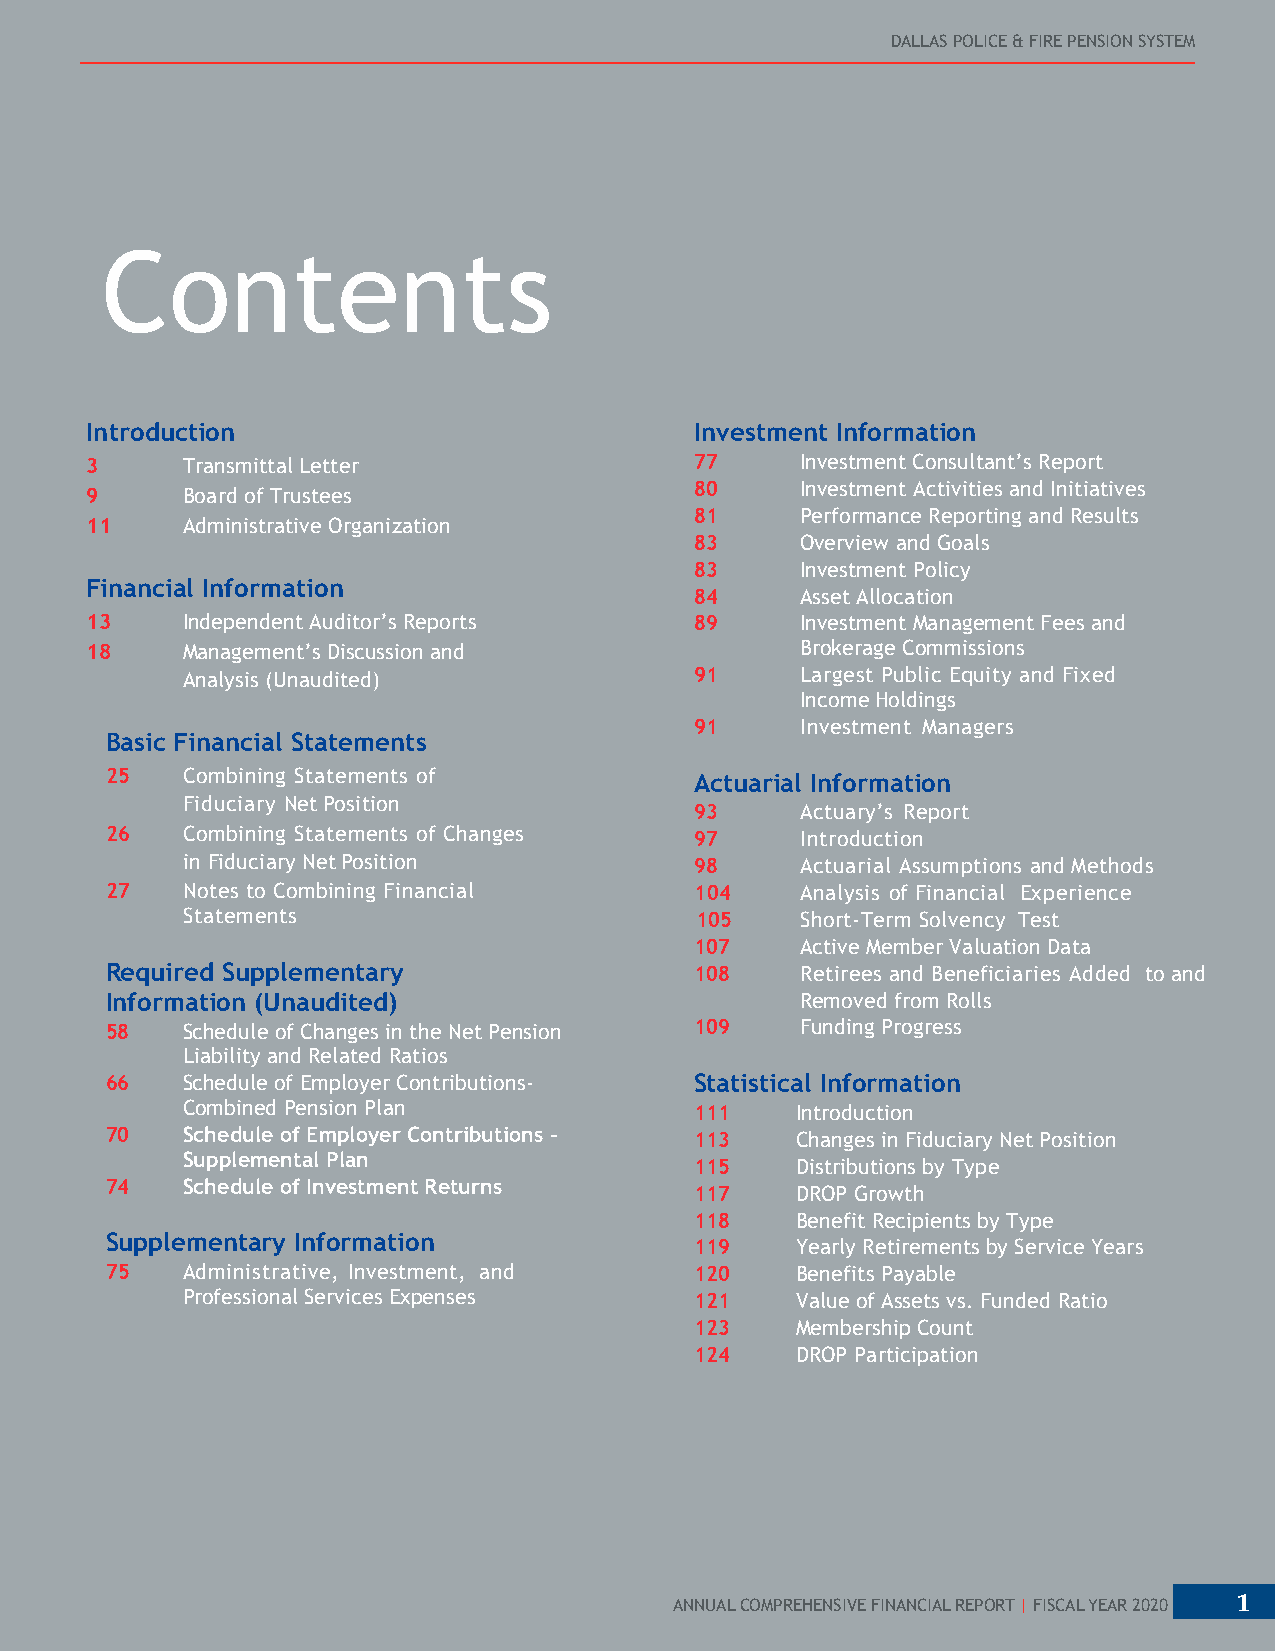
DALLAS POLICE & FIRE PENSION SYSTEM
 Contents
 Introduction                            Investment Information
 3     Transmittal Letter                77     Investment Consultant’s Report
 80     Investment Activities and Initiatives
 9     Board of Trustees
 81     Performance Reporting and Results
 11    Administrative Organization
 83     Overview and Goals
 83     Investment Policy
 Financial Information
 84     Asset Allocation
 13    Independent Auditor’s Reports     89     Investment Management Fees and
 18    Management’s Discussion and              Brokerage Commissions
 Analysis (Unaudited)              91     Largest Public Equity and Fixed
 Income Holdings
 91     Investment Managers
 Basic Financial Statements
 25   Combining Statements of           Actuarial Information
 Fiduciary Net Position
 93     Actuary’s Report
 26   Combining Statements of Changes   97     Introduction
 in Fiduciary Net Position         98     Actuarial Assumptions and Methods
 27   Notes to Combining Financial      104    Analysis of Financial Experience
 Statements                        105    Short-Term Solvency Test
 107    Active Member Valuation Data
 Required Supplementary                 108    Retirees and Beneficiaries Added to and
 Information (Unaudited)                       Removed from Rolls
 58   Schedule of Changes in the Net Pension 109 Funding Progress
 Liability and Related Ratios
 66   Schedule of Employer Contributions- Statistical Information
 Combined Pension Plan             111    Introduction
 70   Schedule of Employer Contributions – 113 Changes in Fiduciary Net Position
 Supplemental Plan
 115    Distributions by Type
 74   Schedule of Investment Returns
 117    DROP Growth
 118    Benefit Recipients by Type
 Supplementary Information              119    Yearly Retirements by Service Years
 75   Administrative, Investment, and   120    Benefits Payable
 Professional Services Expenses    121    Value of Assets vs. Funded Ratio
 123    Membership Count
 124    DROP Participation
 ANNUAL COMPREHENSIVE FINANCIAL REPORT | FISCAL YEAR 2020 1